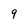
Character: 9